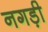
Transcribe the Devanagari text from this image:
नगड़ी